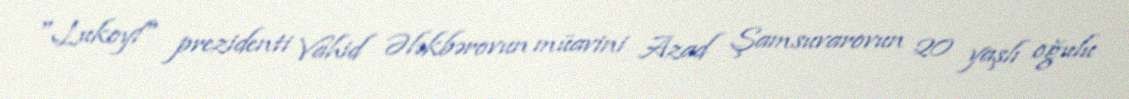
"Lukoyl" prezidenti Vahid Ələkbərovun müavini Azad Şamsuvarovun 20 yaşlı oğulu